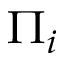
\Pi _ { i }